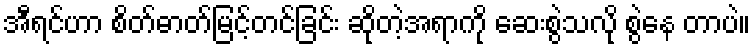
အီရင်ဟာ စိတ်ဓာတ်မြင့်တင်ခြင်း ဆိုတဲ့အရာကို ဆေးစွဲသလို စွဲနေ တာပဲ။